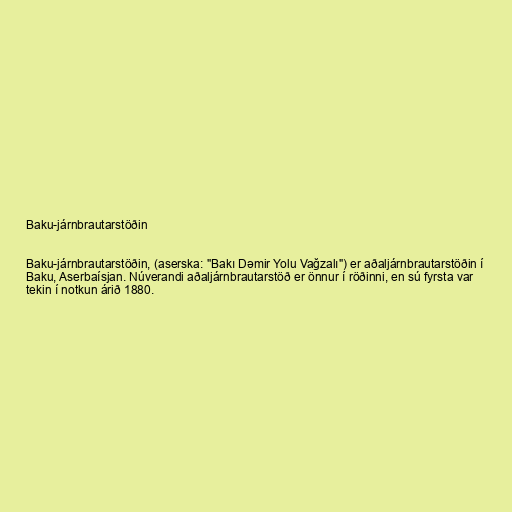
Baku-járnbrautarstöðin

Baku-járnbrautarstöðin, (aserska: "Bakı Dəmir Yolu Vağzalı") er aðaljárnbrautarstöðin í
Baku, Aserbaísjan. Núverandi aðaljárnbrautarstöð er önnur í röðinni, en sú fyrsta var
tekin í notkun árið 1880.